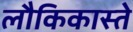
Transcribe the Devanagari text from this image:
लौकिकास्ते